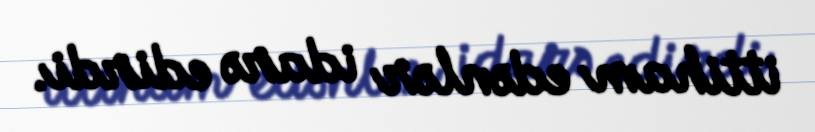
ittiham edənlər idarə edirdi.